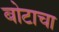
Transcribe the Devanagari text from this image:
बोटाचा